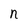
Character: n